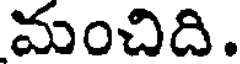
మంచిది.